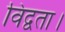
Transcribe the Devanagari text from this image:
विद्वता।